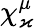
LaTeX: \chi_{\varkappa}^{\mu}